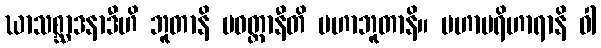
ဃာသစ္ဆာဒနာဒီဟိ ဘူတာနိ ပဝတ္တာနီတိ မဟာဘူတာနိ။ မဟာပရိဟာရာနိ ဝါ